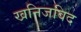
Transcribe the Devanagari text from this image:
खनिजविद